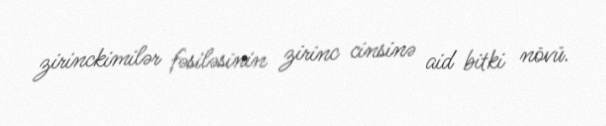
zirinckimilər fəsiləsinin zirinc cinsinə aid bitki növü.